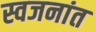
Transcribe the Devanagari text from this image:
स्वजनांत